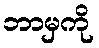
ဘာမှကို